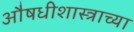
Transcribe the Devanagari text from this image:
औषधीशास्त्राच्या